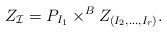
LaTeX: \begin{align*}Z_{\mathcal I} = P_{I_1} \times^B Z_{(I_2,\dots,I_r)}.\end{align*}